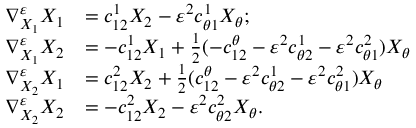
\begin{array} { r l } { \nabla _ { X _ { 1 } } ^ { \varepsilon } X _ { 1 } } & { = c _ { 1 2 } ^ { 1 } X _ { 2 } - \varepsilon ^ { 2 } c _ { \theta 1 } ^ { 1 } X _ { \theta } ; } \\ { \nabla _ { X _ { 1 } } ^ { \varepsilon } X _ { 2 } } & { = - c _ { 1 2 } ^ { 1 } X _ { 1 } + \frac { 1 } { 2 } ( - c _ { 1 2 } ^ { \theta } - \varepsilon ^ { 2 } c _ { \theta 2 } ^ { 1 } - \varepsilon ^ { 2 } c _ { \theta 1 } ^ { 2 } ) X _ { \theta } } \\ { \nabla _ { X _ { 2 } } ^ { \varepsilon } X _ { 1 } } & { = c _ { 1 2 } ^ { 2 } X _ { 2 } + \frac { 1 } { 2 } ( c _ { 1 2 } ^ { \theta } - \varepsilon ^ { 2 } c _ { \theta 2 } ^ { 1 } - \varepsilon ^ { 2 } c _ { \theta 1 } ^ { 2 } ) X _ { \theta } } \\ { \nabla _ { X _ { 2 } } ^ { \varepsilon } X _ { 2 } } & { = - c _ { 1 2 } ^ { 2 } X _ { 2 } - \varepsilon ^ { 2 } c _ { \theta 2 } ^ { 2 } X _ { \theta } . } \end{array}